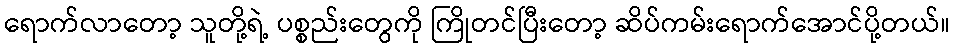
ရောက်လာတော့ သူတို့ရဲ့ ပစ္စည်းတွေကို ကြိုတင်ပြီးတော့ ဆိပ်ကမ်းရောက်အောင်ပို့တယ်။